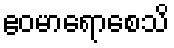
ဧဝမာရောစေသိ